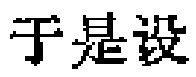
于是设